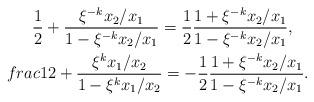
LaTeX: \begin{align*}\frac{1}{2}+\frac{\xi^{-k}x_2/x_1}{1-\xi^{-k}x_2/x_1}=\frac{1}{2}\frac{1+\xi^{-k}x_2/x_1}{1-\xi^{-k}x_2/x_1},\ \ \ \\frac{1}{2}+\frac{\xi^{k}x_1/x_2}{1-\xi^{k}x_1/x_2}=-\frac{1}{2}\frac{1+\xi^{-k}x_2/x_1}{1-\xi^{-k}x_2/x_1}.\end{align*}